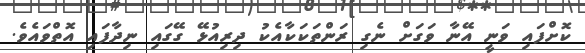
ކޮށްފައި ވަނީ އޭނާ ވަގަށް ނެގި ރަންތަކަކާއެކު ދިރިއުޅޭ ގޭގައި ނިދާފައި އޮތްވައެވެ.